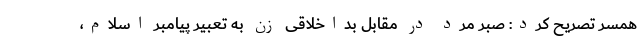
همسر تصریح کرد: صبر مرد در مقابل بداخلاقی زن به تعبیر پیامبر اسلام،